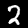
Label: 2